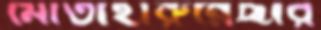
মোতাহারুন্নেছার